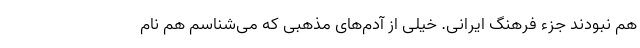
هم نبودند جزء فرهنگ ایرانی. خیلی از آدم‌های مذهبی که می‌شناسم هم نام